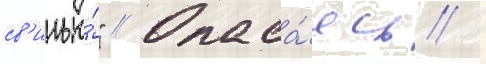
св'инью́" // Опаса́ясь /